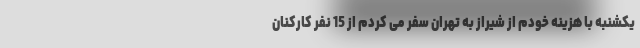
یکشنبه با هزینه خودم از شیراز به تهران سفر می کردم از 15 نفر کارکنان